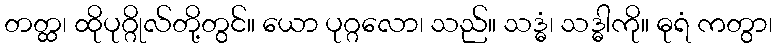
တတ္ထ၊ ထိုပုဂ္ဂိုလ်တို့တွင်။ ယော ပုဂ္ဂလော၊ သည်။ သဒ္ဓံ၊ သဒ္ဓါကို။ ဓုရံ ကတွာ၊